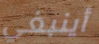
أينبغي